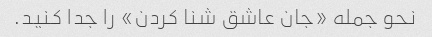
نحو جمله «جان عاشق شنا کردن» را جدا کنید.